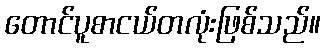
တောင်ပူစာငယ်တလုံးဖြစ်သည်။